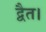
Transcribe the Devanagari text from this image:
द्वैत।